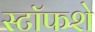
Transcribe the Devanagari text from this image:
स्टॉफशे